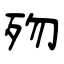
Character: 歾